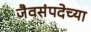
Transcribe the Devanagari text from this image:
जैवसंपदेच्या